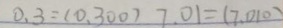
0 . 3 = ( 0 . 3 0 0 ) 7 . 0 1 = ( 7 0 1 0 )